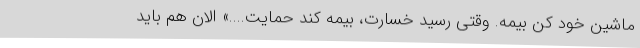
ماشین خود کن بیمه. وقتی رسید خسارت، بیمه کند حمایت....» الان هم باید